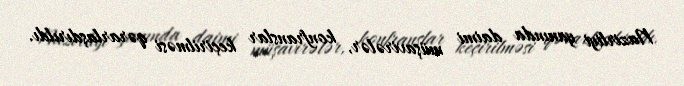
Nazirliyi yanında daimi müşavirələr, konfranslar keçirilməsi qərarlaşdırıldı.